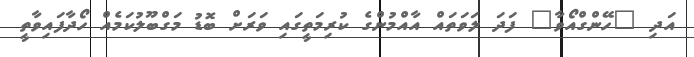
އަދި "ހޭންގްއޯވާ" ފަދަ ލަވަތައް އާއްމުންގެ ކުރިމަތީގައި ވަރަށް ބޮޑު މަގްބޫލުކަމެއް ހޯދާފައިވާތީ